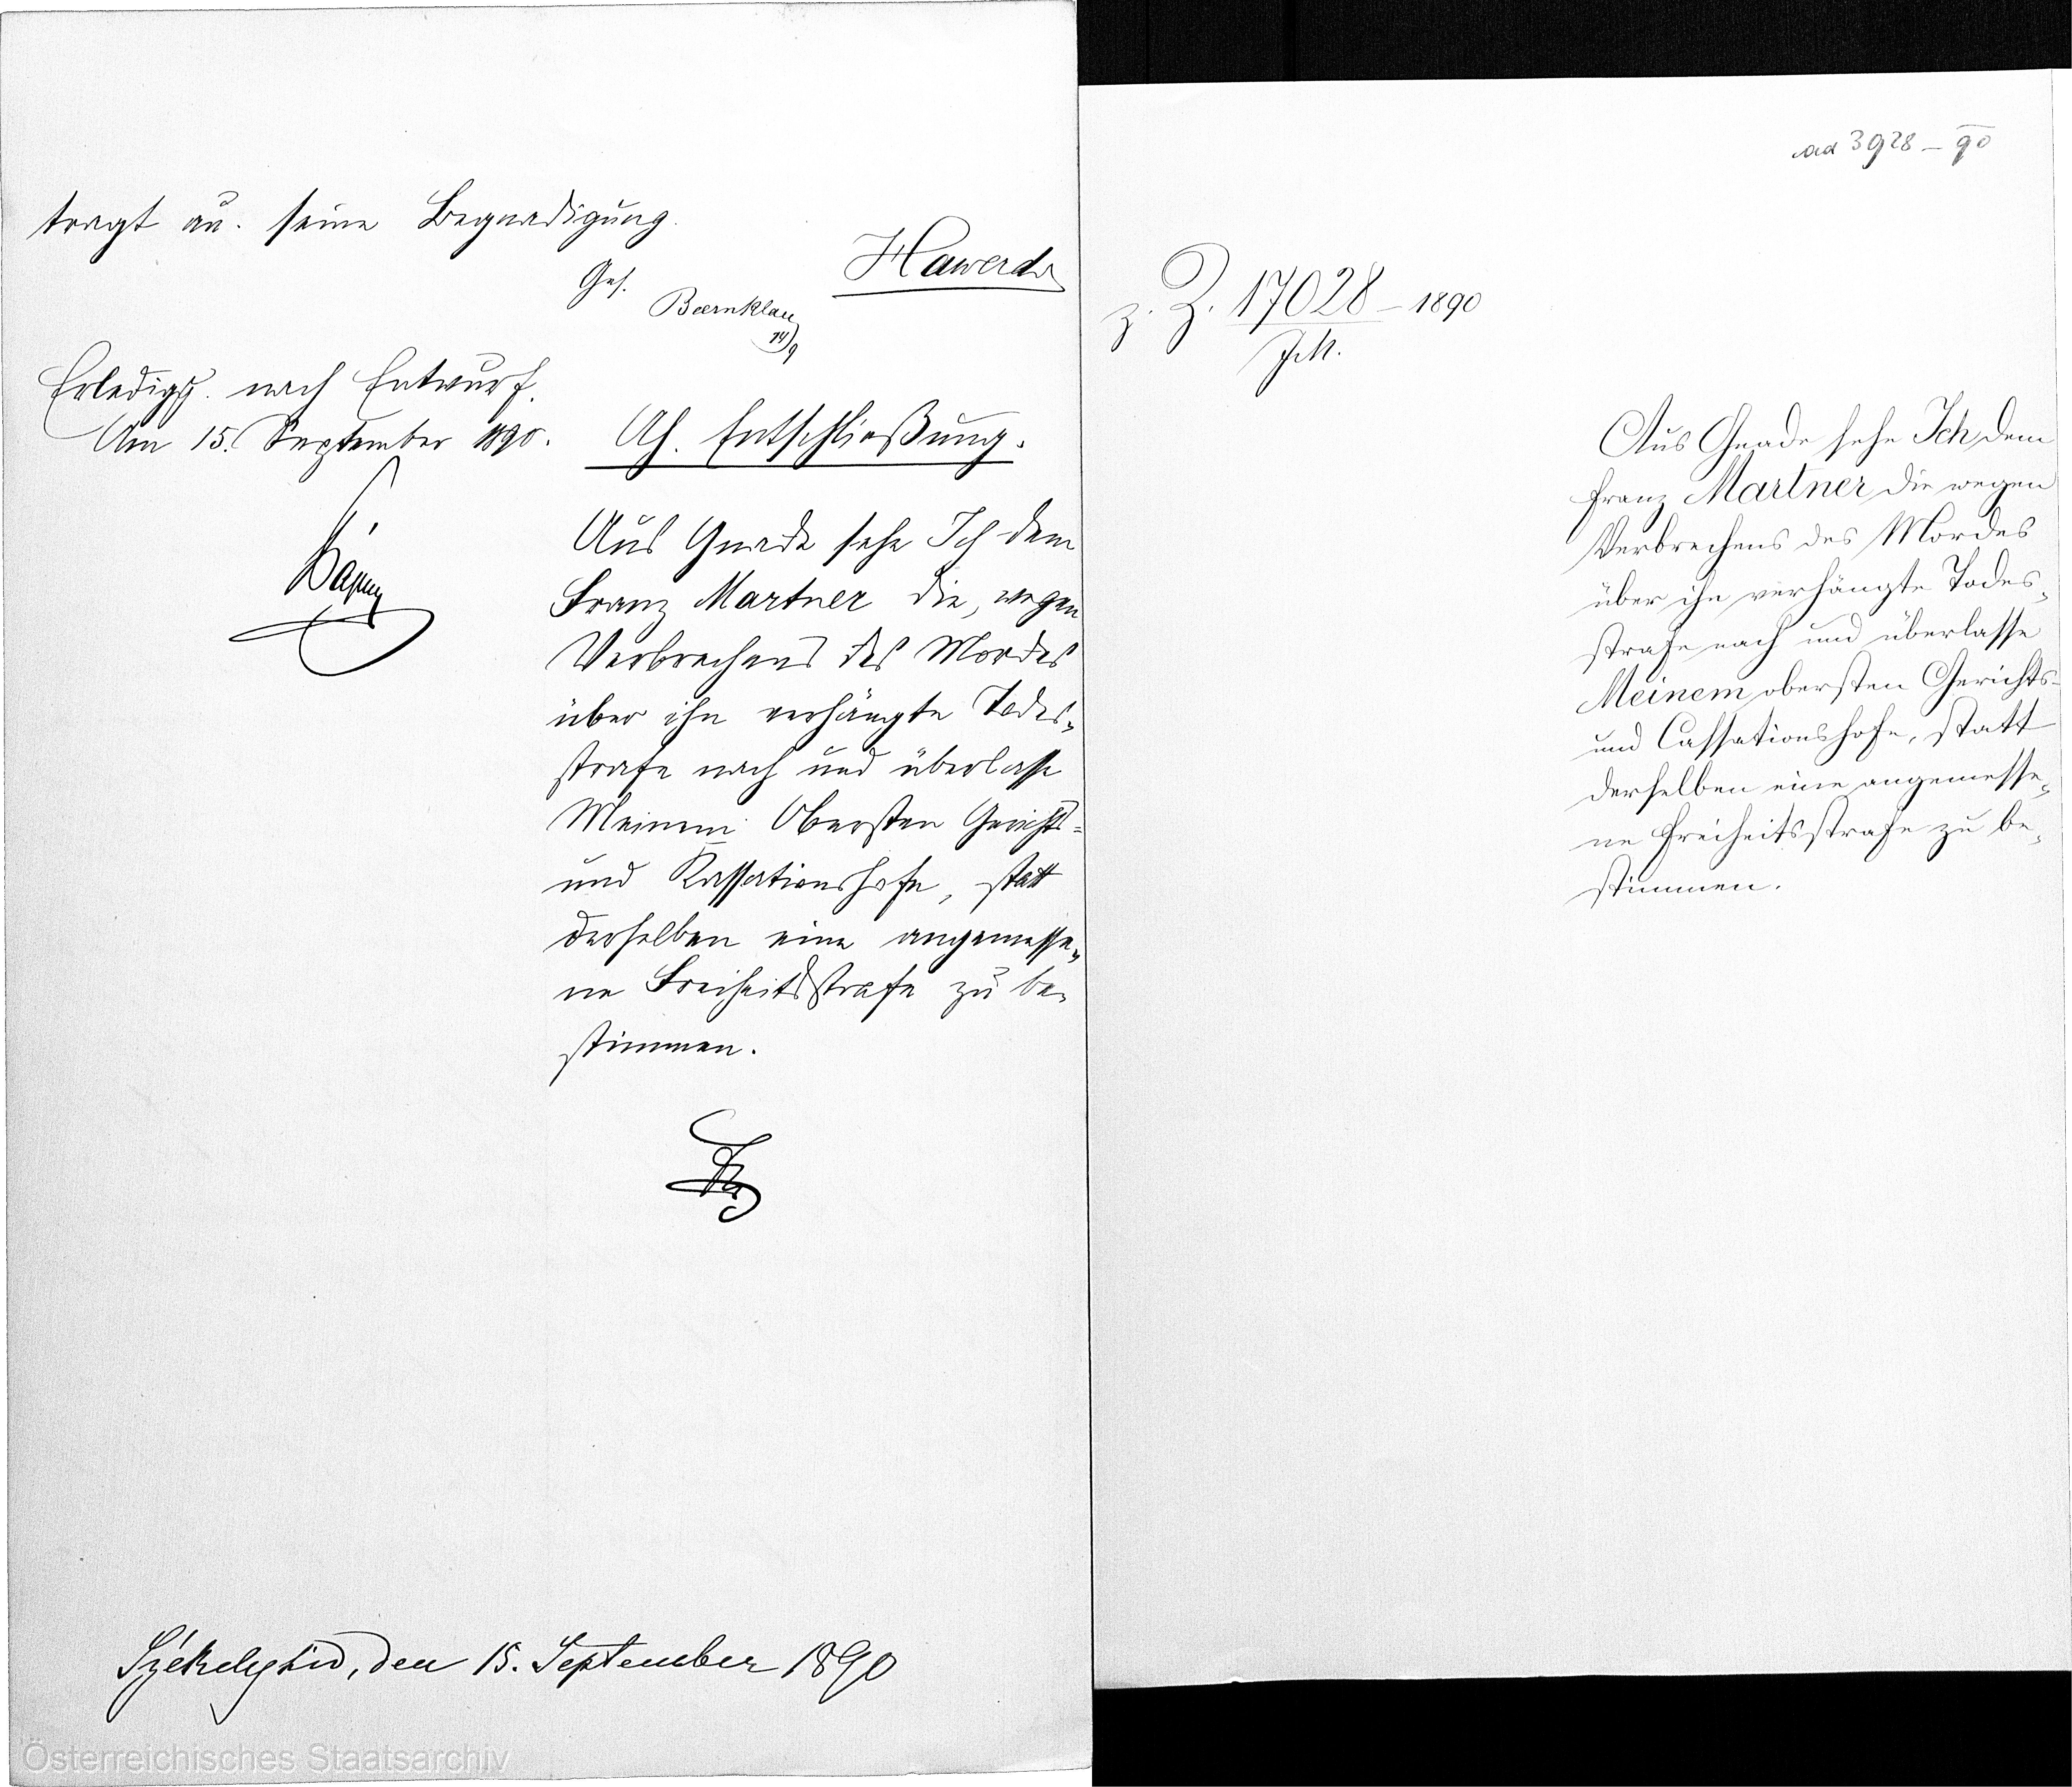
ad 3928-90

tragt au. seine Begnadigung
Hawerd
Ges.
Bxx
14/9
Ah. Entschließung.
Aus Gnade sehe Ich dem
Franz Martner die, wegen
Verbrechens des Mordes
über ihn verhängte Todes¬
strafe nach und überlasse
Meinem Obersten Gerichts-
und Kassationshofe, statt
derselben eine angemesse¬
ne Freiheitsstrafe zu be¬
stimmen.
xx

z.Z. 17028/ - 1890
JM.

Erledigxx nach Entwurf.
Am 15. September 1890.
xx

Aus Gnade sehe Ich dem
Franz Martner die wegen
Verbrechens des Mordes
über ihn verhängte Todes¬
strafe nach und überlasse
Meinem obersten Gerichts-
und Cassationshofe, statt
derselben eine angemesse¬
ne Freiheitsstrafe zu be¬
stimmen.

Székelxx, den 15. September 1890